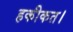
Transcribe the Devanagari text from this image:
हकीकत।